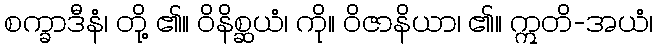
စက္ခာဒီနံ၊ တို့ ၏။ ဝိနိစ္ဆယံ၊ ကို။ ဝိဇာနိယာ၊ ၏။ ဣတိ-အယံ၊